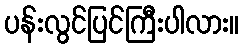
ပန်းလွင်ပြင်ကြီးပါလား။